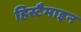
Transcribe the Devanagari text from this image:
हिस्टैमाइन